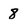
Character: 8